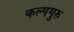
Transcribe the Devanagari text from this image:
कल्पगुरु